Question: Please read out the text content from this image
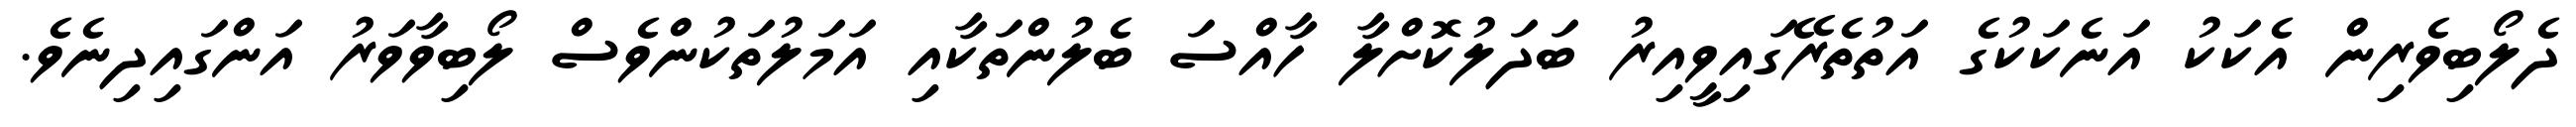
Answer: ދެލޯބިވެރިން އެކަކު އަނެކަކުގެ އަތުތެރޭގައިވީއިރު ބަދަލުކޮށްލާ ހާއްސަ ބެލުންތަކާއި އަމަލުތަކުންވެސް ލޯބިވާވަރު އަންގައިދިނެވެ.